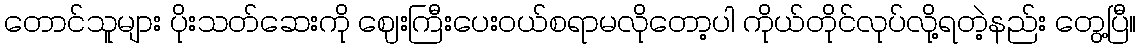
တောင်သူများ ပိုးသတ်ဆေးကို ဈေးကြီးပေးဝယ်စရာမလိုတော့ပါ ကိုယ်တိုင်လုပ်လို့ရတဲ့နည်း တွေ့ပြီ။